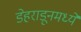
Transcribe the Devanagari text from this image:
डेहराडूनमध्ये